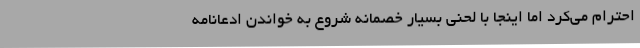
احترام می‌کرد اما اینجا با لحنی بسیار خصمانه شروع به خواندن ادّعانامه